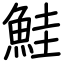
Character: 鮭